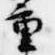
重